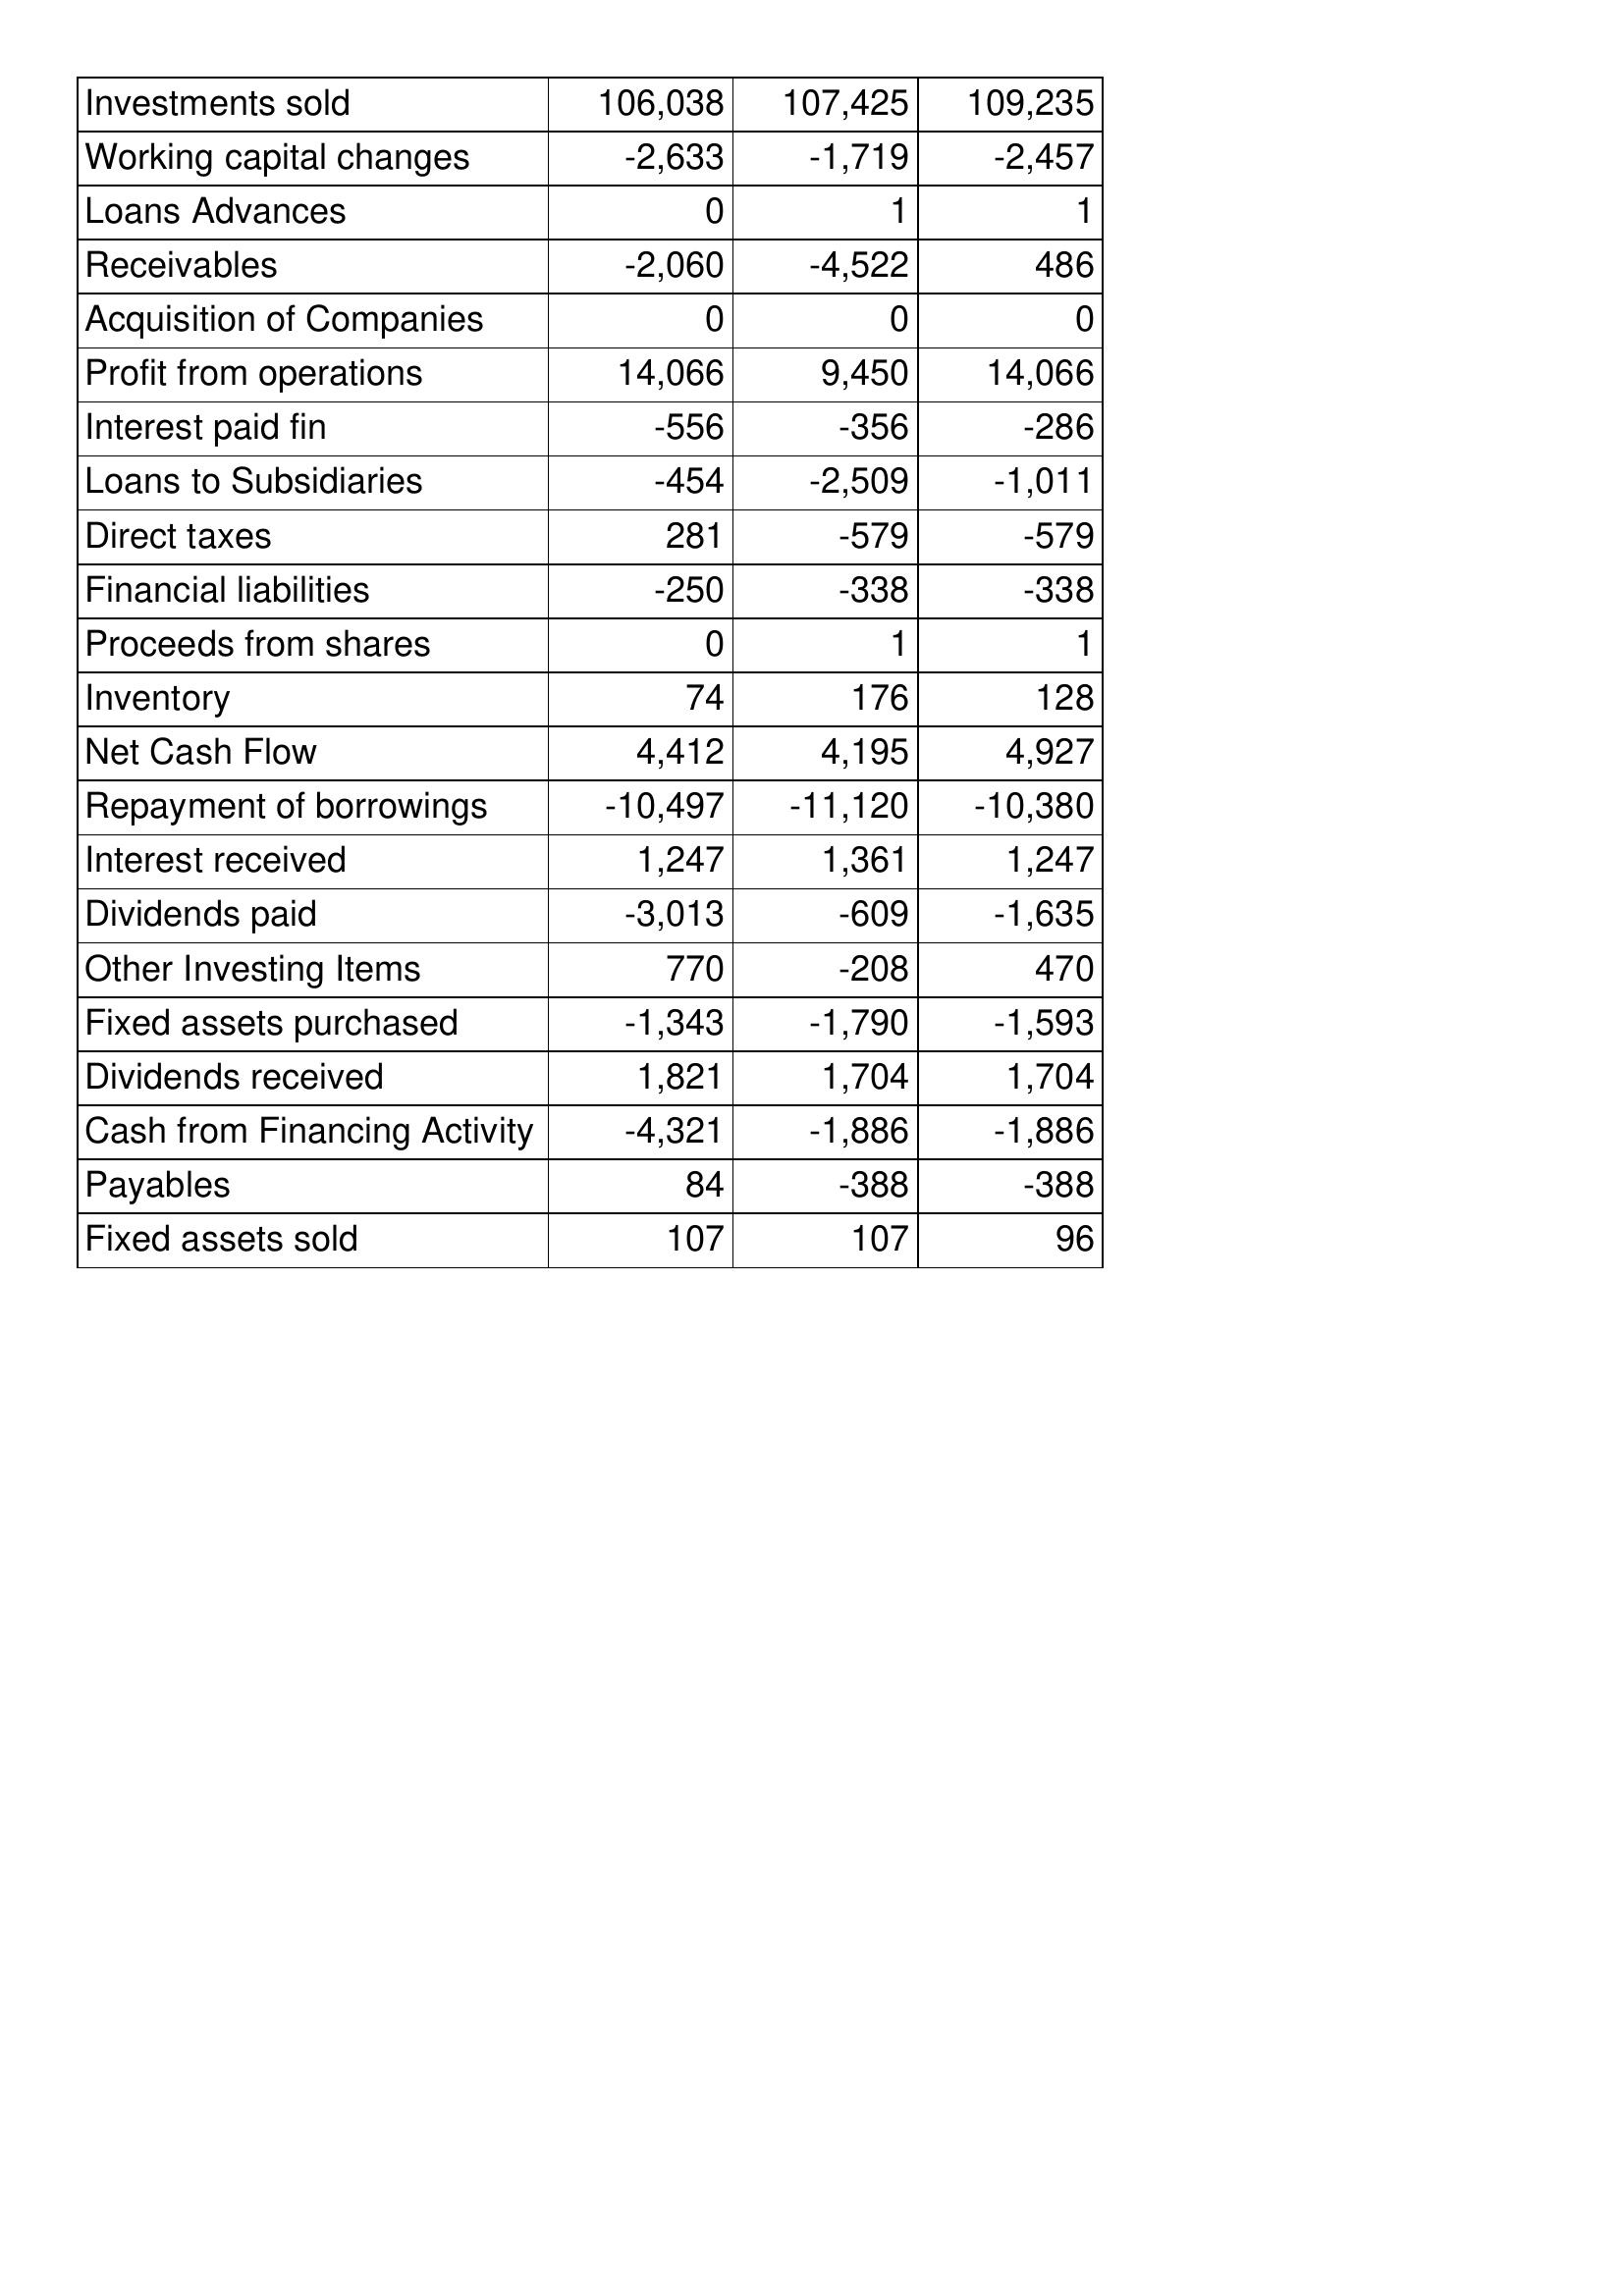
Sep-08: Cash Flows: Investments sold: 106,038
Working capital changes: -2,633
Loans Advances: 0
Receivables: -2,060
Acquisition of Companies: 0
Profit from operations: 14,066
Interest paid fin: -556
Loans to Subsidiaries: -454
Direct taxes: 281
Financial liabilities: -250
Proceeds from shares: 0
Inventory: 74
Net Cash Flow: 4,412
Repayment of borrowings: -10,497
Interest received: 1,247
Dividends paid: -3,013
Other Investing Items: 770
Fixed assets purchased: -1,343
Dividends received: 1,821
Cash from Financing Activity: -4,321
Payables: 84
Fixed assets sold: 107
Sep-07: Cash Flows: Investments sold: 107,425
Working capital changes: -1,719
Loans Advances: 1
Receivables: -4,522
Acquisition of Companies: 0
Profit from operations: 9,450
Interest paid fin: -356
Loans to Subsidiaries: -2,509
Direct taxes: -579
Financial liabilities: -338
Proceeds from shares: 1
Inventory: 176
Net Cash Flow: 4,195
Repayment of borrowings: -11,120
Interest received: 1,361
Dividends paid: -609
Other Investing Items: -208
Fixed assets purchased: -1,790
Dividends received: 1,704
Cash from Financing Activity: -1,886
Payables: -388
Fixed assets sold: 107
Sep-06: Cash Flows: Investments sold: 109,235
Working capital changes: -2,457
Loans Advances: 1
Receivables: 486
Acquisition of Companies: 0
Profit from operations: 14,066
Interest paid fin: -286
Loans to Subsidiaries: -1,011
Direct taxes: -579
Financial liabilities: -338
Proceeds from shares: 1
Inventory: 128
Net Cash Flow: 4,927
Repayment of borrowings: -10,380
Interest received: 1,247
Dividends paid: -1,635
Other Investing Items: 470
Fixed assets purchased: -1,593
Dividends received: 1,704
Cash from Financing Activity: -1,886
Payables: -388
Fixed assets sold: 96